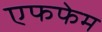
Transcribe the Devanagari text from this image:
एफफेम